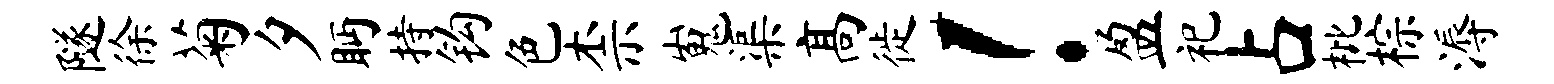
隧徐菊夕眄持钩色柰嵬渠高徙！盈祀占枇棕溽